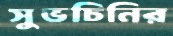
সুভচিনির